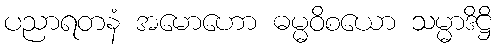
ပညာရတနံ အမောဟော ဓမ္မဝိစယော သမ္မာဒိဋ္ဌိ